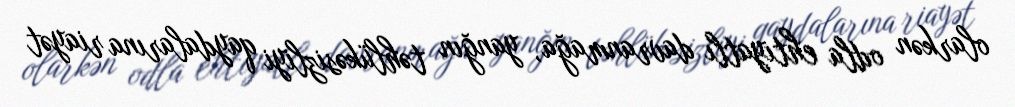
olarkən odla ehtiyatlı davranmağa, yanğın təhlükəsizliyi qaydalarına riayət